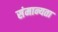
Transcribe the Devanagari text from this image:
संमान्यता